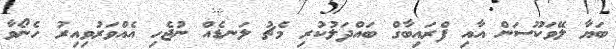
ބަޔާ ލޭވަކޫސަން އާއި ފްރައިބާގް ބައްދަލުކުރި މެޗު ލަނޑެއް ނުޖެހި އެއްވަރުވިއިރު ހެނޯވާ